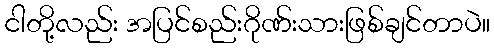
ငါတို့လည်း အပြင်စည်းဂိုဏ်းသားဖြစ်ချင်တာပဲ။